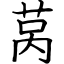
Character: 莴